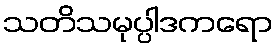
သတိသမုပ္ပါဒကရော